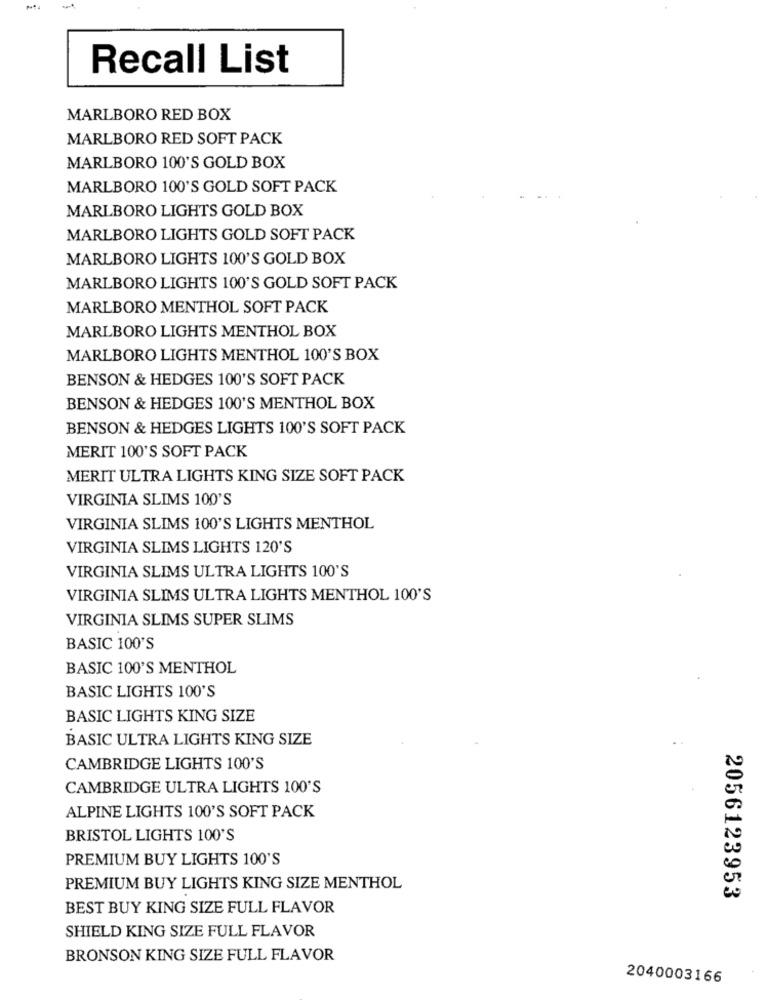
Recall List
MARLBORO RED BOX
MARLBORO RED SOFT PACK
MARLBORO 100'S GOLD BOX
MARLBORO 100'S GOLD SOFT PACK
MARLBORO LIGHTS GOLD BOX
MARLBORO LIGHTS GOLD SOFT PACK
MARLBORO LIGHTS 100'S GOLD BOX
MARLBORO LIGHTS 100'S GOLD SOFT PACK
MARLBORO MENTHOL SOFT PACK
MARLBORO LIGHTS MENTHOL BOX
MARLBORO LIGHTS MENTHOL 100'S BOX
BENSON & HEDGES 100'S SOFT PACK
BENSON & HEDGES 100'S MENTHOL BOX
BENSON & HEDGES LIGHTS 100'S SOFT PACK
MERIT 100'S SOFT PACK
MERIT ULTRA LIGHTS KING SIZE SOFT PACK
VIRGINIA SLIMS 100'S
VIRGINIA SLIMS 100'S LIGHTS MENTHOL
VIRGINIA SLIMS LIGHTS 120'S
VIRGINIA SLIMS ULTRA LIGHTS 100'S
VIRGINIA SLIMS ULTRA LIGHTS MENTHOL 100'S
VIRGINIA SLIMS SUPER SLIMS
BASIC 100'S
BASIC 100'S MENTHOL
BASIC LIGHTS 100'S
BASIC LIGHTS KING SIZE
BASIC ULTRA LIGHTS KING SIZE
CAMBRIDGE LIGHTS 100'S
CAMBRIDGE ULTRA LIGHTS 100'S
ALPINE LIGHTS 100'S SOFT PACK
BRISTOL LIGHTS 100'S
PREMIUM BUY LIGHTS 100'S
PREMIUM BUY LIGHTS KING SIZE MENTHOL
2056123953
BEST BUY KING SIZE FULL FLAVOR
SHIELD KING SIZE FULL FLAVOR
BRONSON KING SIZE FULL FLAVOR
2040003166